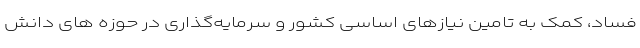
فساد، کمک به تامین نیازهای اساسی کشور و سرمایه‌گذاری در حوزه های دانش